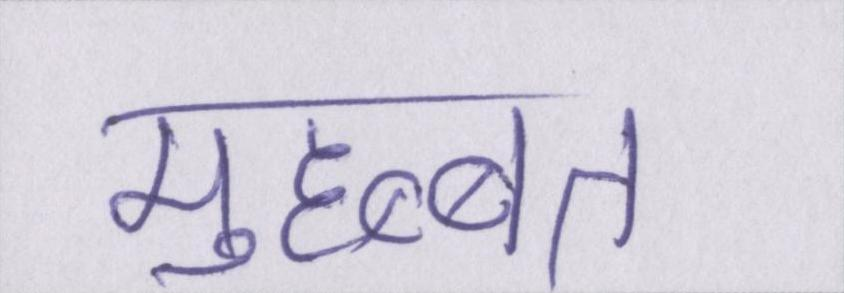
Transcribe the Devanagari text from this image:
मुहब्बत